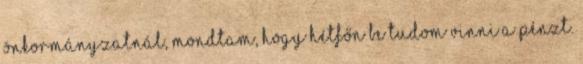
önkormányzatnál, mondtam, hogy hétfőn be tudom vinni a pénzt.